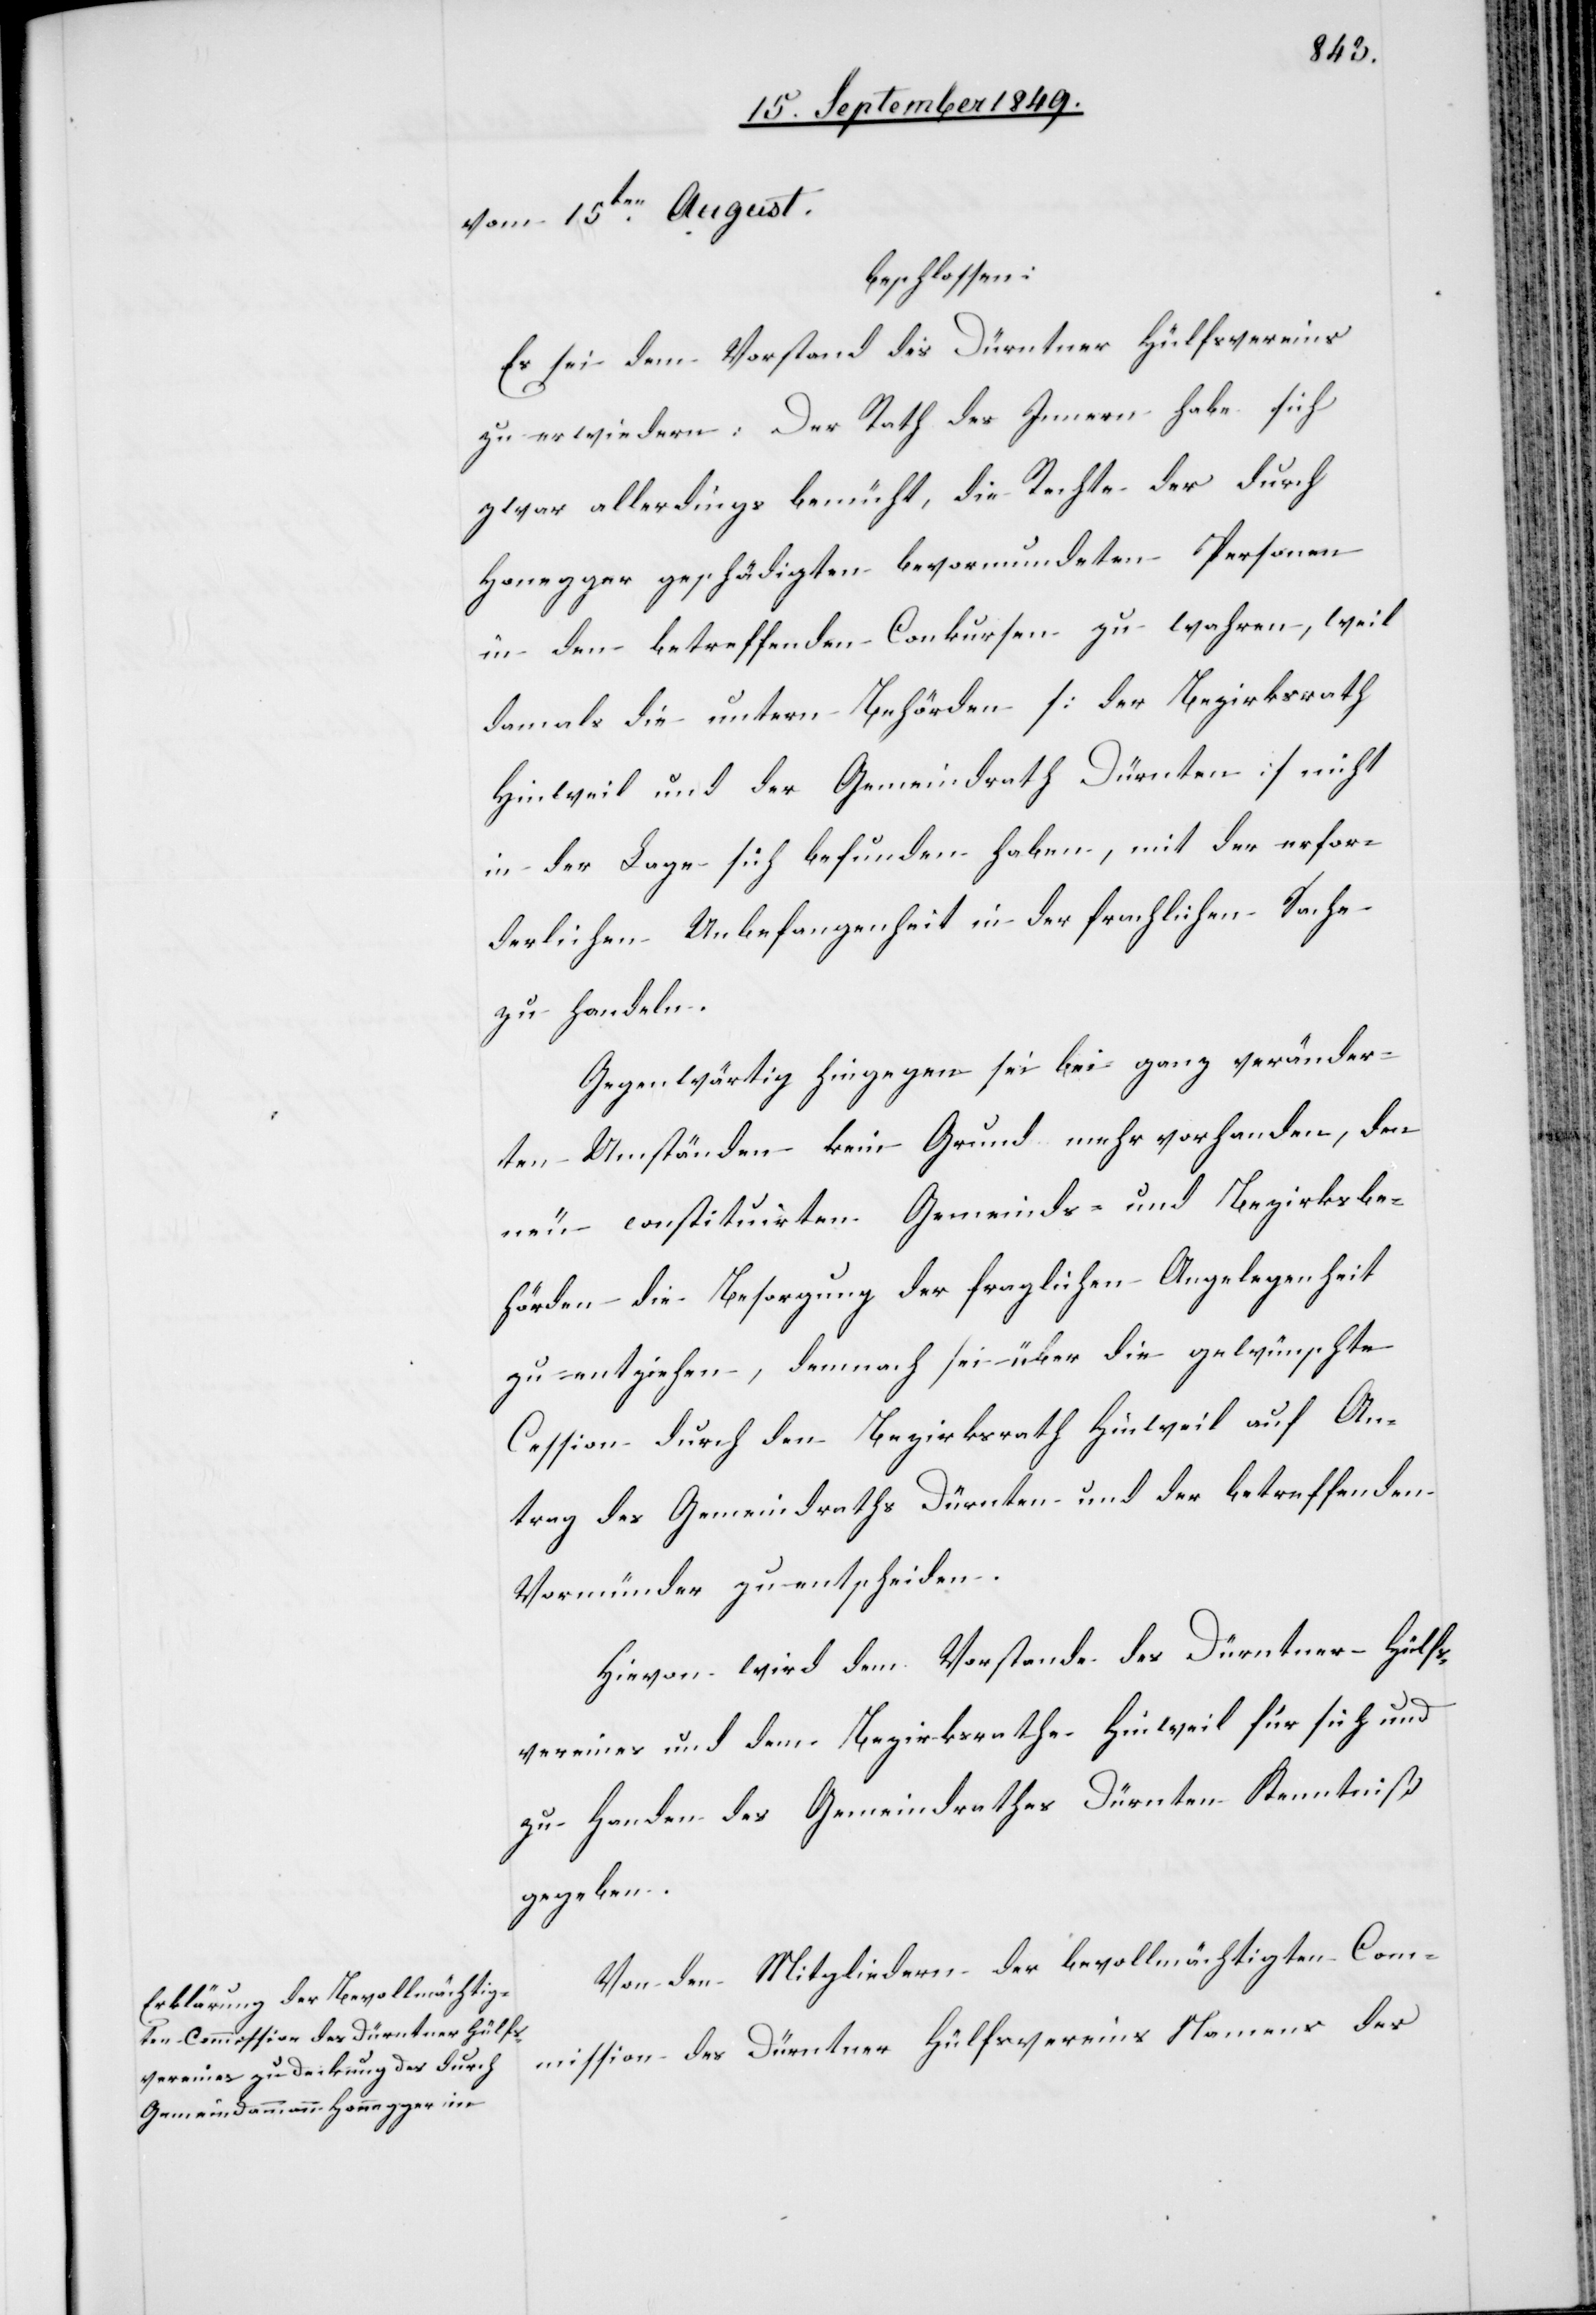
vom 15ten August.
beschlossen:
Es sei dem Vorstand des Dürntner Hülfsvereins
zu erwiedern: Der Rath des Innern habe sich
zwar allerdings bemüht, die Rechte der durch
Honegger geschädigten bevormundeten Personen
in den betreffenden Conkursen zu wahren, weil
damals die untern Behörden [der Bezirksrath
Hinweil und der Gemeindrath Dürnten] nicht
in der Lage sich befunden haben, mit der erfor¬
derlichen Unbefangenheit in der fraglichen Sache
zu handeln.
Gegenwärtig hingegen sei bei ganz veränder¬
ten Umständen kein Grund mehr vorhanden, dem
neu constituirten Gemeinds- und Bezirksbe¬
hörden die Besorgung der fraglichen Angelegenheit
zu entziehen, demnach sei über die gewünschte
Cession durch den Bezirksrath Hinweil auf An¬
trag des Gemeindraths Dürnten und der betreffenden
Vormünder zu entscheiden.
Hievon wird dem Vorstande des Dürntner Hülfs¬
vereines und dem Bezirksrathe Hinweil für sich und
zu Handen des Gemeindrathes Dürnten Kenntniß
gegeben.
Von den Mitgliedern der bevollmächtigten Com¬
mission des Dürntner Hülfsvereins Namens des